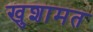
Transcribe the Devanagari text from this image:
खुशामत